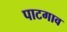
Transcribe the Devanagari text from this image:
पाटगाव